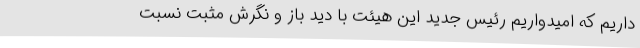
داریم که امیدواریم رئیس جدید این هیئت با دید باز و نگرش مثبت نسبت